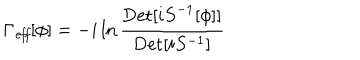
\Gamma _ { \mathit { e f f } } [ \phi ] = - i \ln { \frac { { \mathrm { D e t } } [ i { S } ^ { - 1 } [ \phi ] ] } { { \mathrm { D e t } } [ i S ^ { - 1 } ] } }